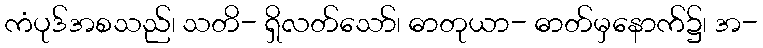
ကံပုဒ်အစသည်၊ သတိ- ရှိလတ်သော်၊ ဓာတုယာ- ဓာတ်မှနောက်၌၊ အ-